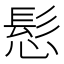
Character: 𮪾